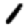
Digit: 1